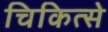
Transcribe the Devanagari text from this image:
चिकित्से